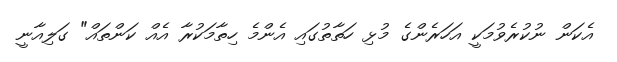
އެކަން ނުކުރެވުމަކީ އަހަރެންގެ މުޅި ހަތާތުގައި އެންމެ ހިތާމަކުރާ އެއް ކަންތައް" ގަލިއާނީ